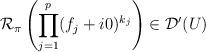
LaTeX: \begin{align*}\mathcal{R}_\pi\left(\prod_{j=1}^p(f_j+i0)^{k_j} \right) \in\mathcal{D}^\prime(U)\end{align*}